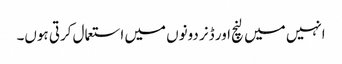
انہیں میں لنچ اور ڈنر دونوں میں استعمال کرتی ہوں۔